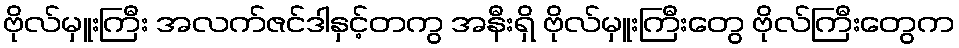
ဗိုလ်မှူးကြီး အလက်ဇင်ဒါနှင့်တကွ အနီးရှိ ဗိုလ်မှူးကြီးတွေ ဗိုလ်ကြီးတွေက